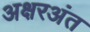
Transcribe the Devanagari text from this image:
अक्षरअंत